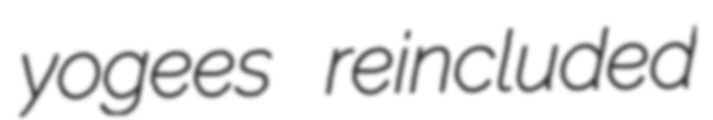
yogees reincluded